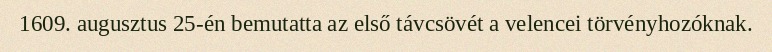
1609. augusztus 25-én bemutatta az első távcsövét a velencei törvényhozóknak.